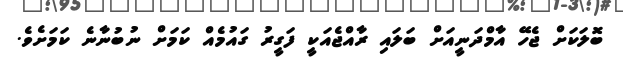
ބޮލަކަށް ޖެހޭ އާމްދަނީއަށް ބަލައި ރާއްޖެއަކީ ފަގީރު ގައުމެއް ކަަމަށް ނުބުނާނެ ކަމަށެވެ.